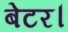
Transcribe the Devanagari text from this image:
बेटर।